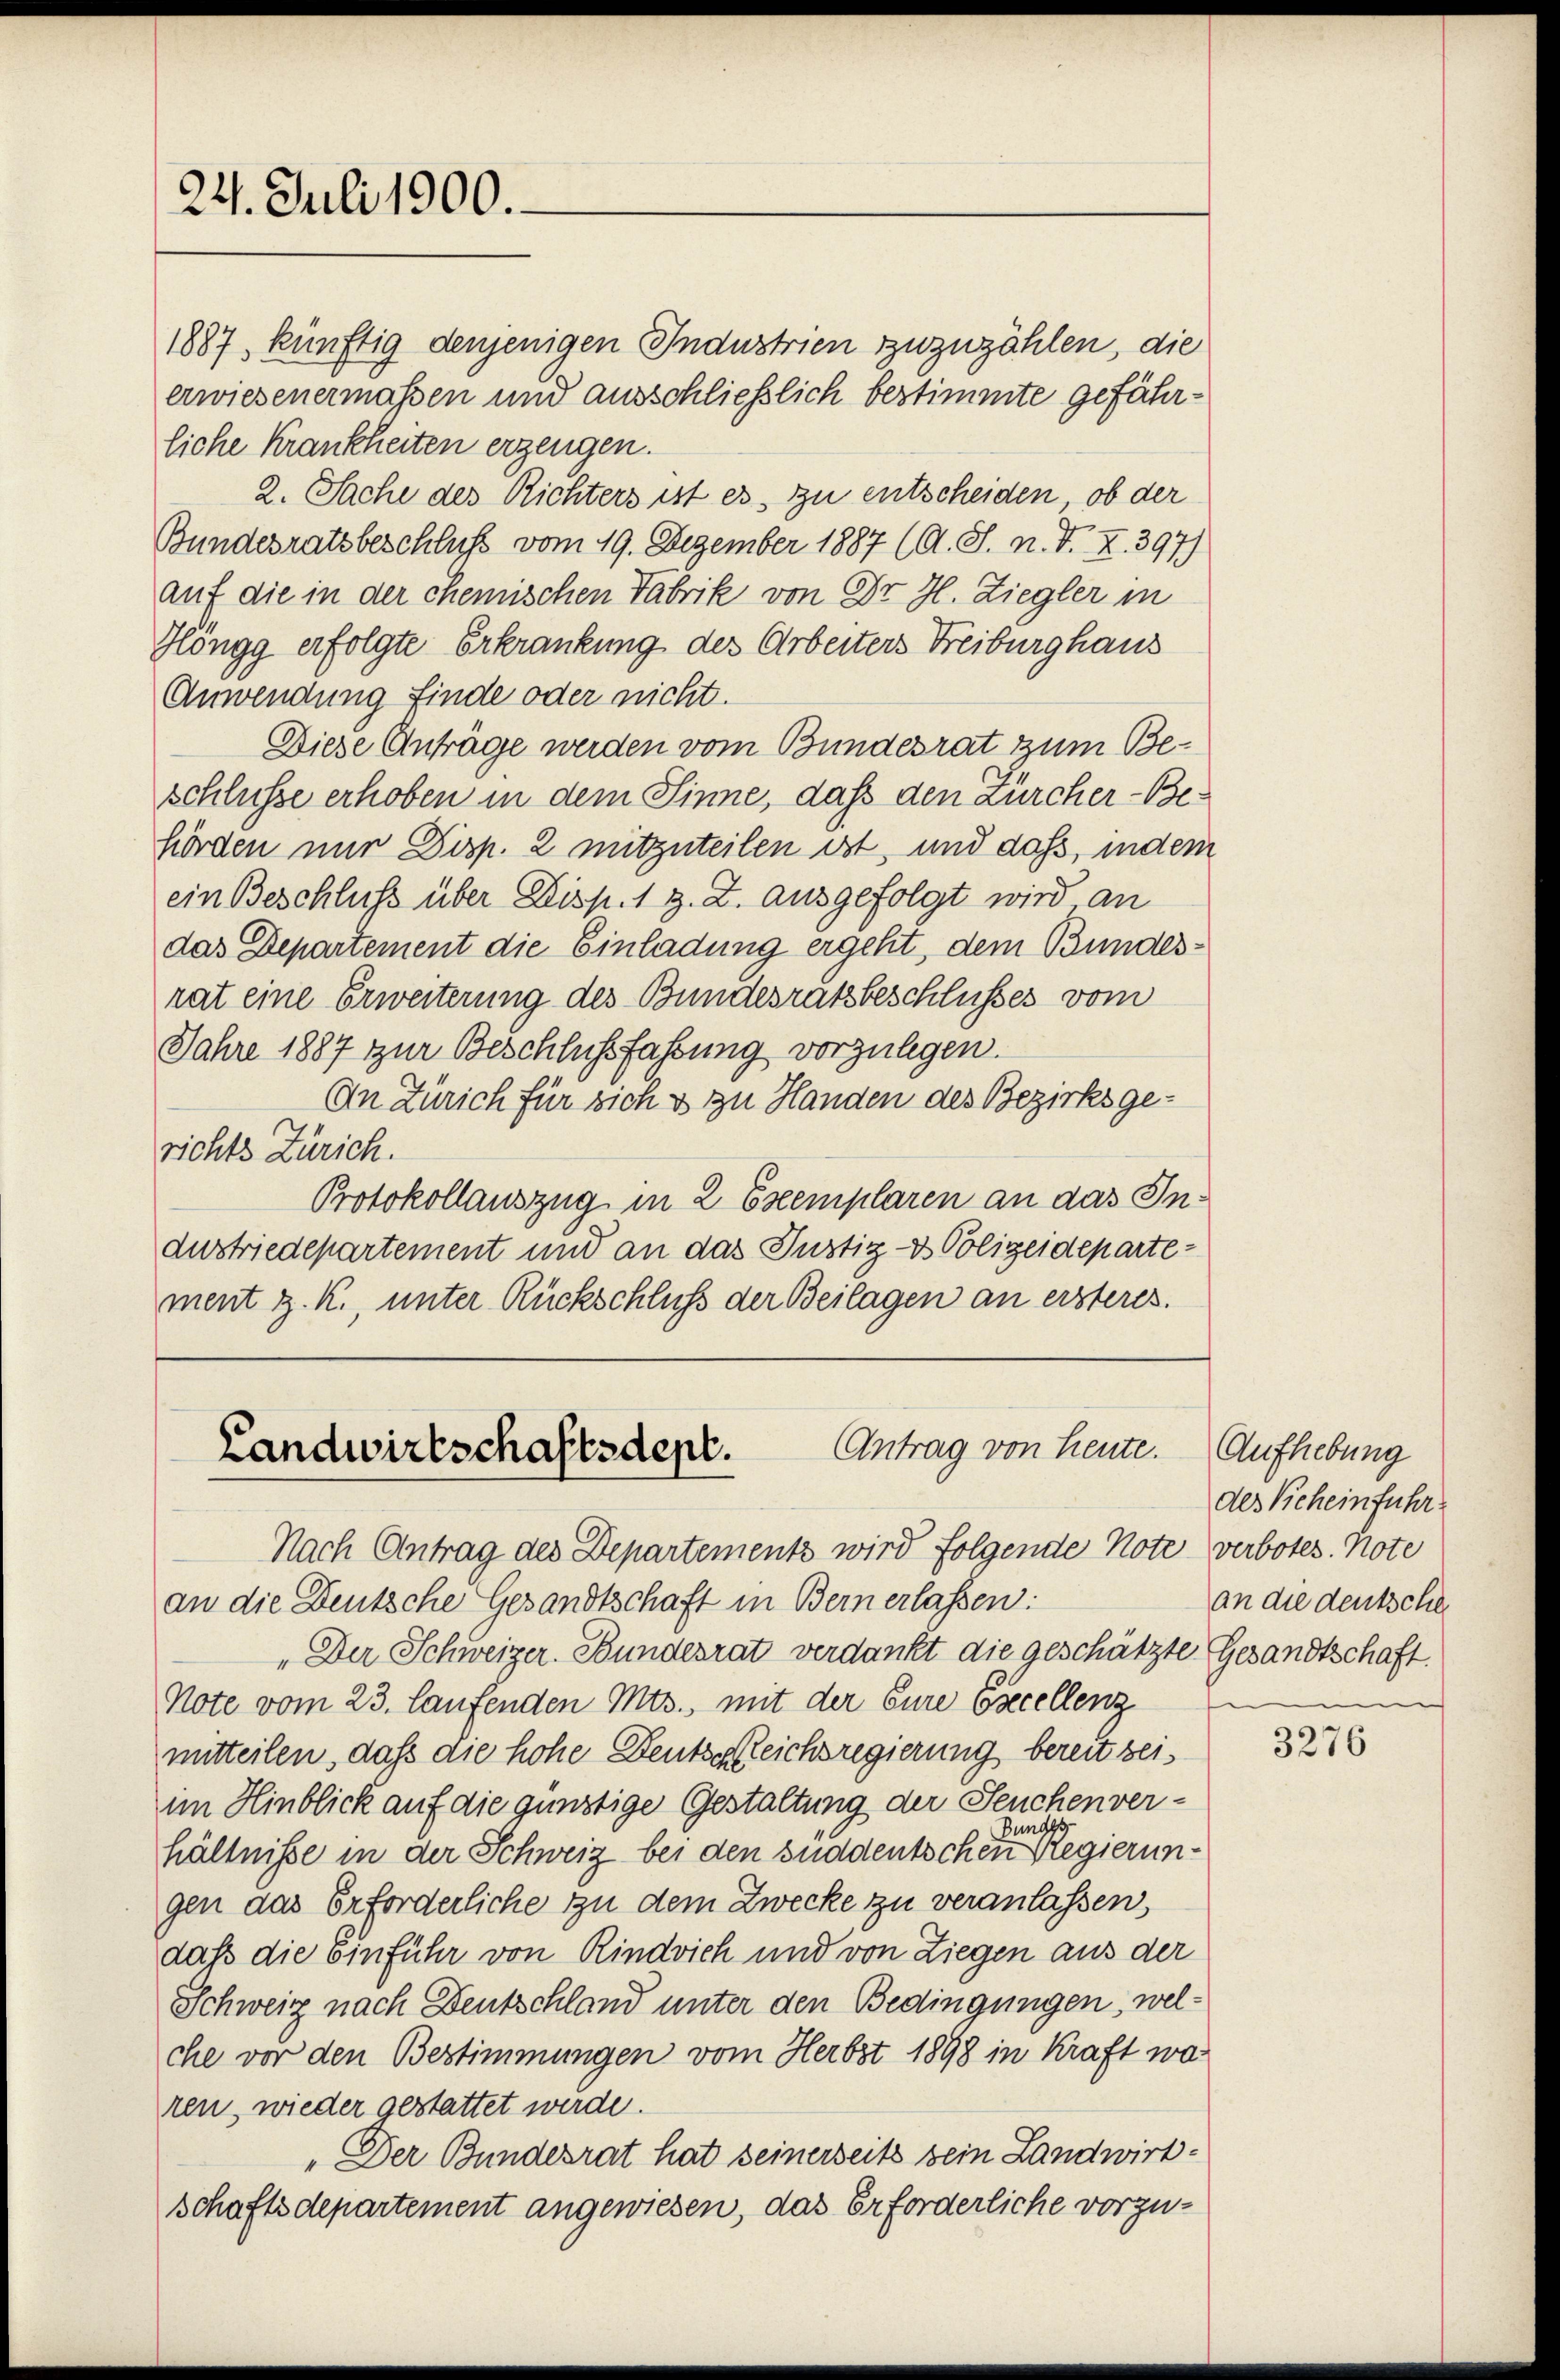
24. Juli 1900.

1887, künftig denjenigen Industrien zuzuzählen, die
erwiesenermaßen und ausschließlich bestimmte gefährliche Krankheiten erzeugen.
2. Sache des Richters ist es zu entscheiden, ob der
Bundesratsbeschluß vom 19. Dezember 1887 (A. S. n. F. XI. 397)
auf die in der chemischen Fabrik von Dr H. Ziegler in
Höngg erfolgte Erkrankung des Arbeiters Freiburghaus
Anwendung finde oder nicht.
Diese Anträge werden vom Bundesrat zum Beschlüsse erhoben in dem Sinne, daß den Zürcher-Behörden nur Disp. 2 mitzuteilen ist, und daß, indem
ein Beschluss über Disp. 1 z. Z. ausgefolgt wird an
das Departement die Einladung ergeht, dem Bundesrat eine Erweiterung des Bundesratsbeschlusses vom
Jahre 1887 zur Beschlußfassung vorzulegen.
In Zürich für sich & zu Handen des Bezirksgerichts Zürich.
Protokollauszug in 2 Exemplaren an das In¬
Austriedepartement und an das Justiz- & Polizeidepartement z. K., unter Rückschluß der Beilagen an ersteres.

Antrag von Heute.
Landwirtschaftsdept.

Nach Antrag des Departements wird folgende Note verbotes. Note
an die Deutsche Gesandtschaft in Bern erlassen:
„Der Schweizer. Bundesrat verdankt die geschätzte Gesandtschaft.
Note vom 23. Laufenden Mts., mit der Eure Excellenz
mitteilen, daß die hohe Deutsgleichsregierung bereit beiim Hinblick auf die günstige Gestaltung der Seuchenver-
hältnisse in der Schweiz bei den süddeutschen einer Regierungen das Erforderliche zu dem Zwecke zu veranlassen,
daß die Einführ von Rindvieh und von Liegen aus der
Schweiz nach Deutschland unter den Bedingungen, welche vor den Bestimmungen vom Herbst 1898 in Kraft wa
ren, wieder gestattet werde.
„Der Bundesrat hat seinerseits sein Landwirt:
schaftsdepartement angewiesen, das Erforderliche vorzu¬

Aufhebung
des Beheinfuhr
an die deutschen

3276